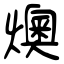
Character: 燠